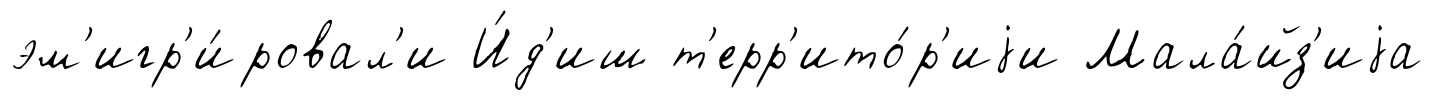
эм'игр'и́ровал'и И́д'иш т'ерр'ито́р'иjи Мала́йз'иjа